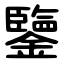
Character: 鑒